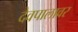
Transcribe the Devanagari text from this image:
देवपालावर